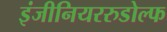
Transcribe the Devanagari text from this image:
इंजीनियररुडोल्फ